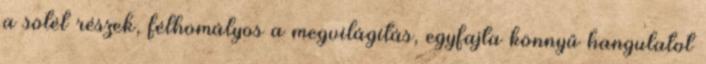
a sötét részek, félhomályos a megvilágítás, egyfajta könnyű hangulatot